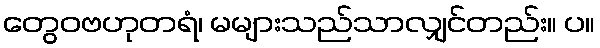
တွေဝဗဟုတရံ၊ မများသည်သာလျှင်တည်း။ ပ။